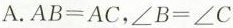
A.$$AB=AC$$，$$\angle B=\angle C$$